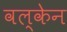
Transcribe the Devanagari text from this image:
वल्केन